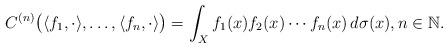
LaTeX: \begin{align*}C^{(n)}\big(\langle f_1,\cdot\rangle,\dots,\langle f_n,\cdot\rangle\big)=\int_X f_1(x)f_2(x)\dotsm f_n(x)\,d\sigma(x),n\in\mathbb N.\end{align*}